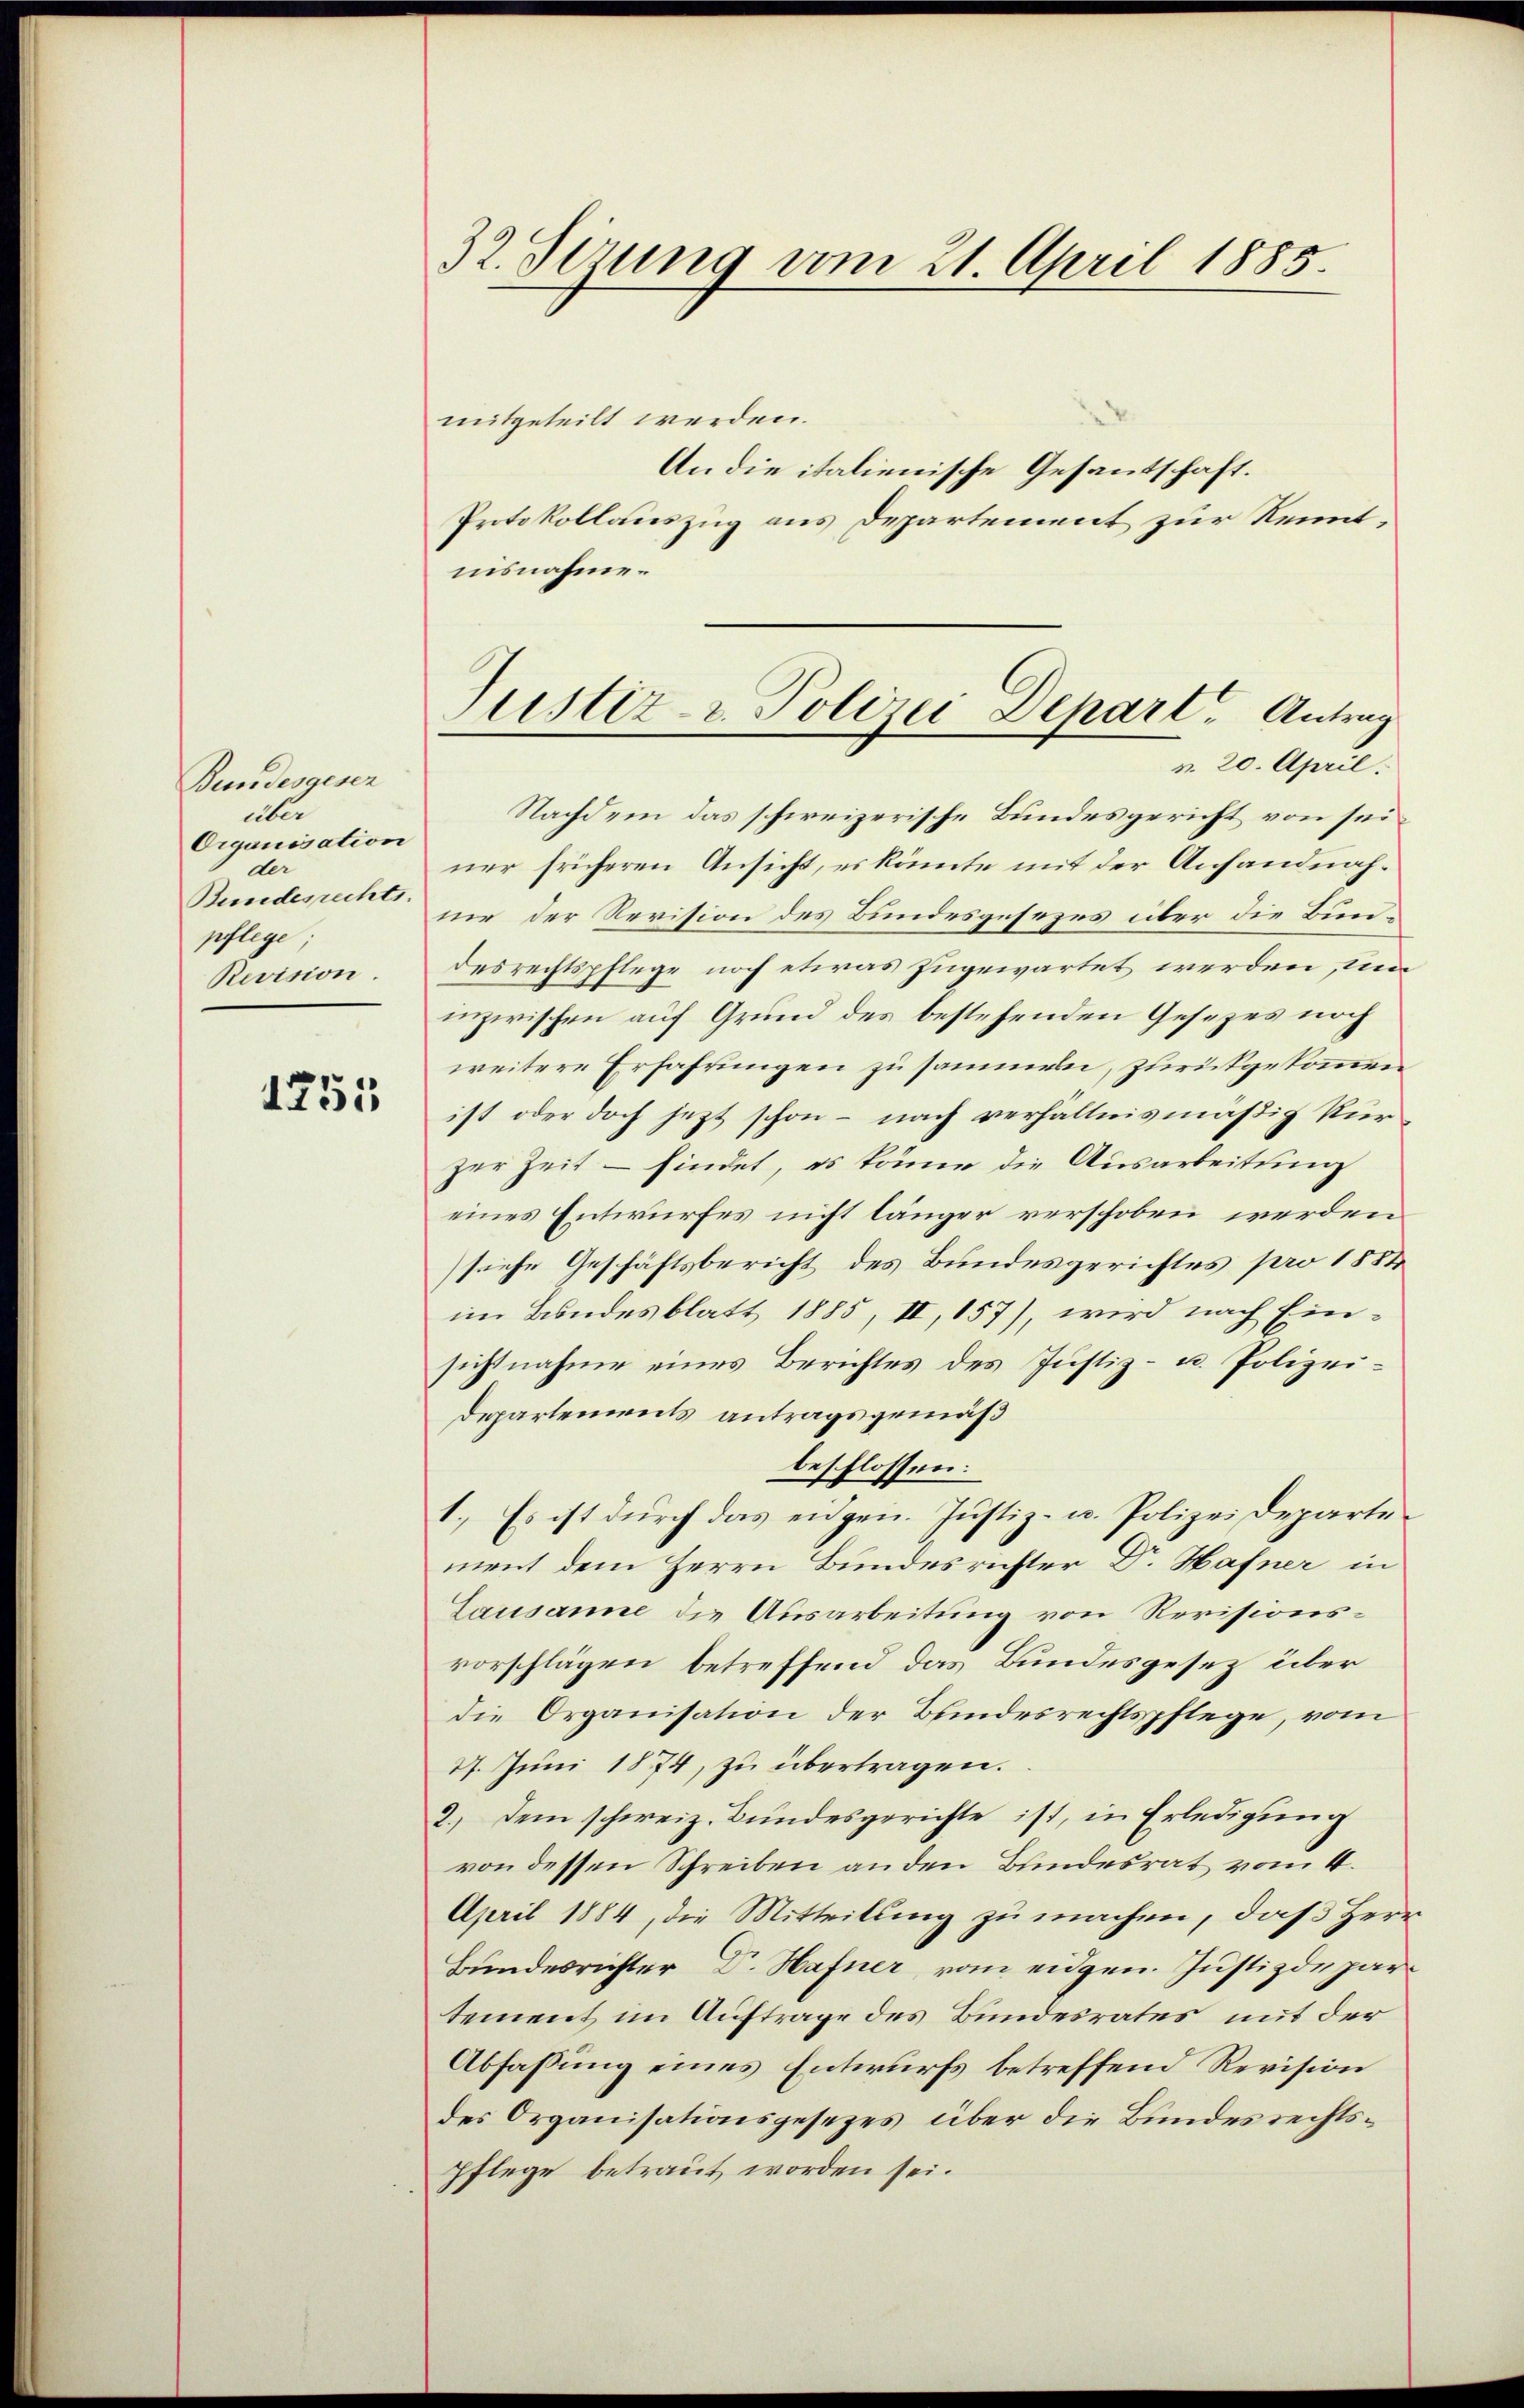
Bundesgesen
über
Organisation
der
Bundesrechts
pflege,
Revision.

1755

32. Sizung vom 21. April 1885.

mitgeteilt werden.
An die italienische Gesantschaft.
Protokollauszug aus Departement zur Kenntnisnahme.
Nachdem das schweizerische Bundesgericht von seiner früheren Ansicht, es könnte mit der Anhandnahne der Revision des Bundesgesezes über die Bundesrechtspflege noch etwas zugewartet werden, un
inzwischen auf Grund des bestehenden Gesezes noch
weitere Erfahrungen zu sammeln, zurückgekommen
ist oder doch jezt schon – nach verhältnismäßig kürzer Zeit – findet, es könne die Ausarbeitung
eines Entwurfes nicht länger verschoben werden
suche Geschäftsbericht des Bundesgerichtes pro 1884
im Bundesblatt 1885, II, 157), wird nach Einsichtnahme eines Berichtes des Justiz- u. Polizei-
Departements antragsgemäß
beschlossen:
1.) Es ist durch das eidgen. Justiz- u. Polizeidepartement dem Herrn Bundesrichter Dr. Hafner in
Lausanne die Ausarbeitung von Revisionsvorschlägen betreffend das Bundesgesetz über
die Organisation der Bundesrechtspflege, vom
27. Juni 1874, zu übertragen.
2.) Dem schweiz. Bundesgerichte ist, in Erledigung
von dessen Schreiben an den Bundesrat vom 4.
April 1884, die Mitteilung zu machen, daß Herr
Bundesrichter Dr. Hafner, vom eidgen. Justizdepartement im Auftrage des Bundesrates mit der
Abfassung eines Entwurfs betreffend Revision
des Organisationsgesezes über die Bundesrechts¬
Pflege betraut worden sei.

Justiz- & Polizei Depart. Antrag
n. 20. April.